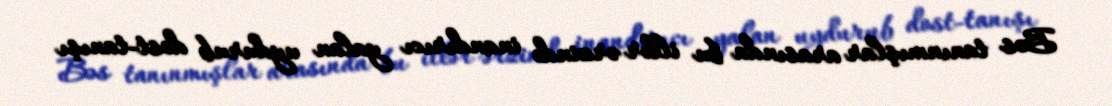
Bəs tanınmışlar arasında bu illər ərzində inandırıcı yalan uydurub dost-tanışı